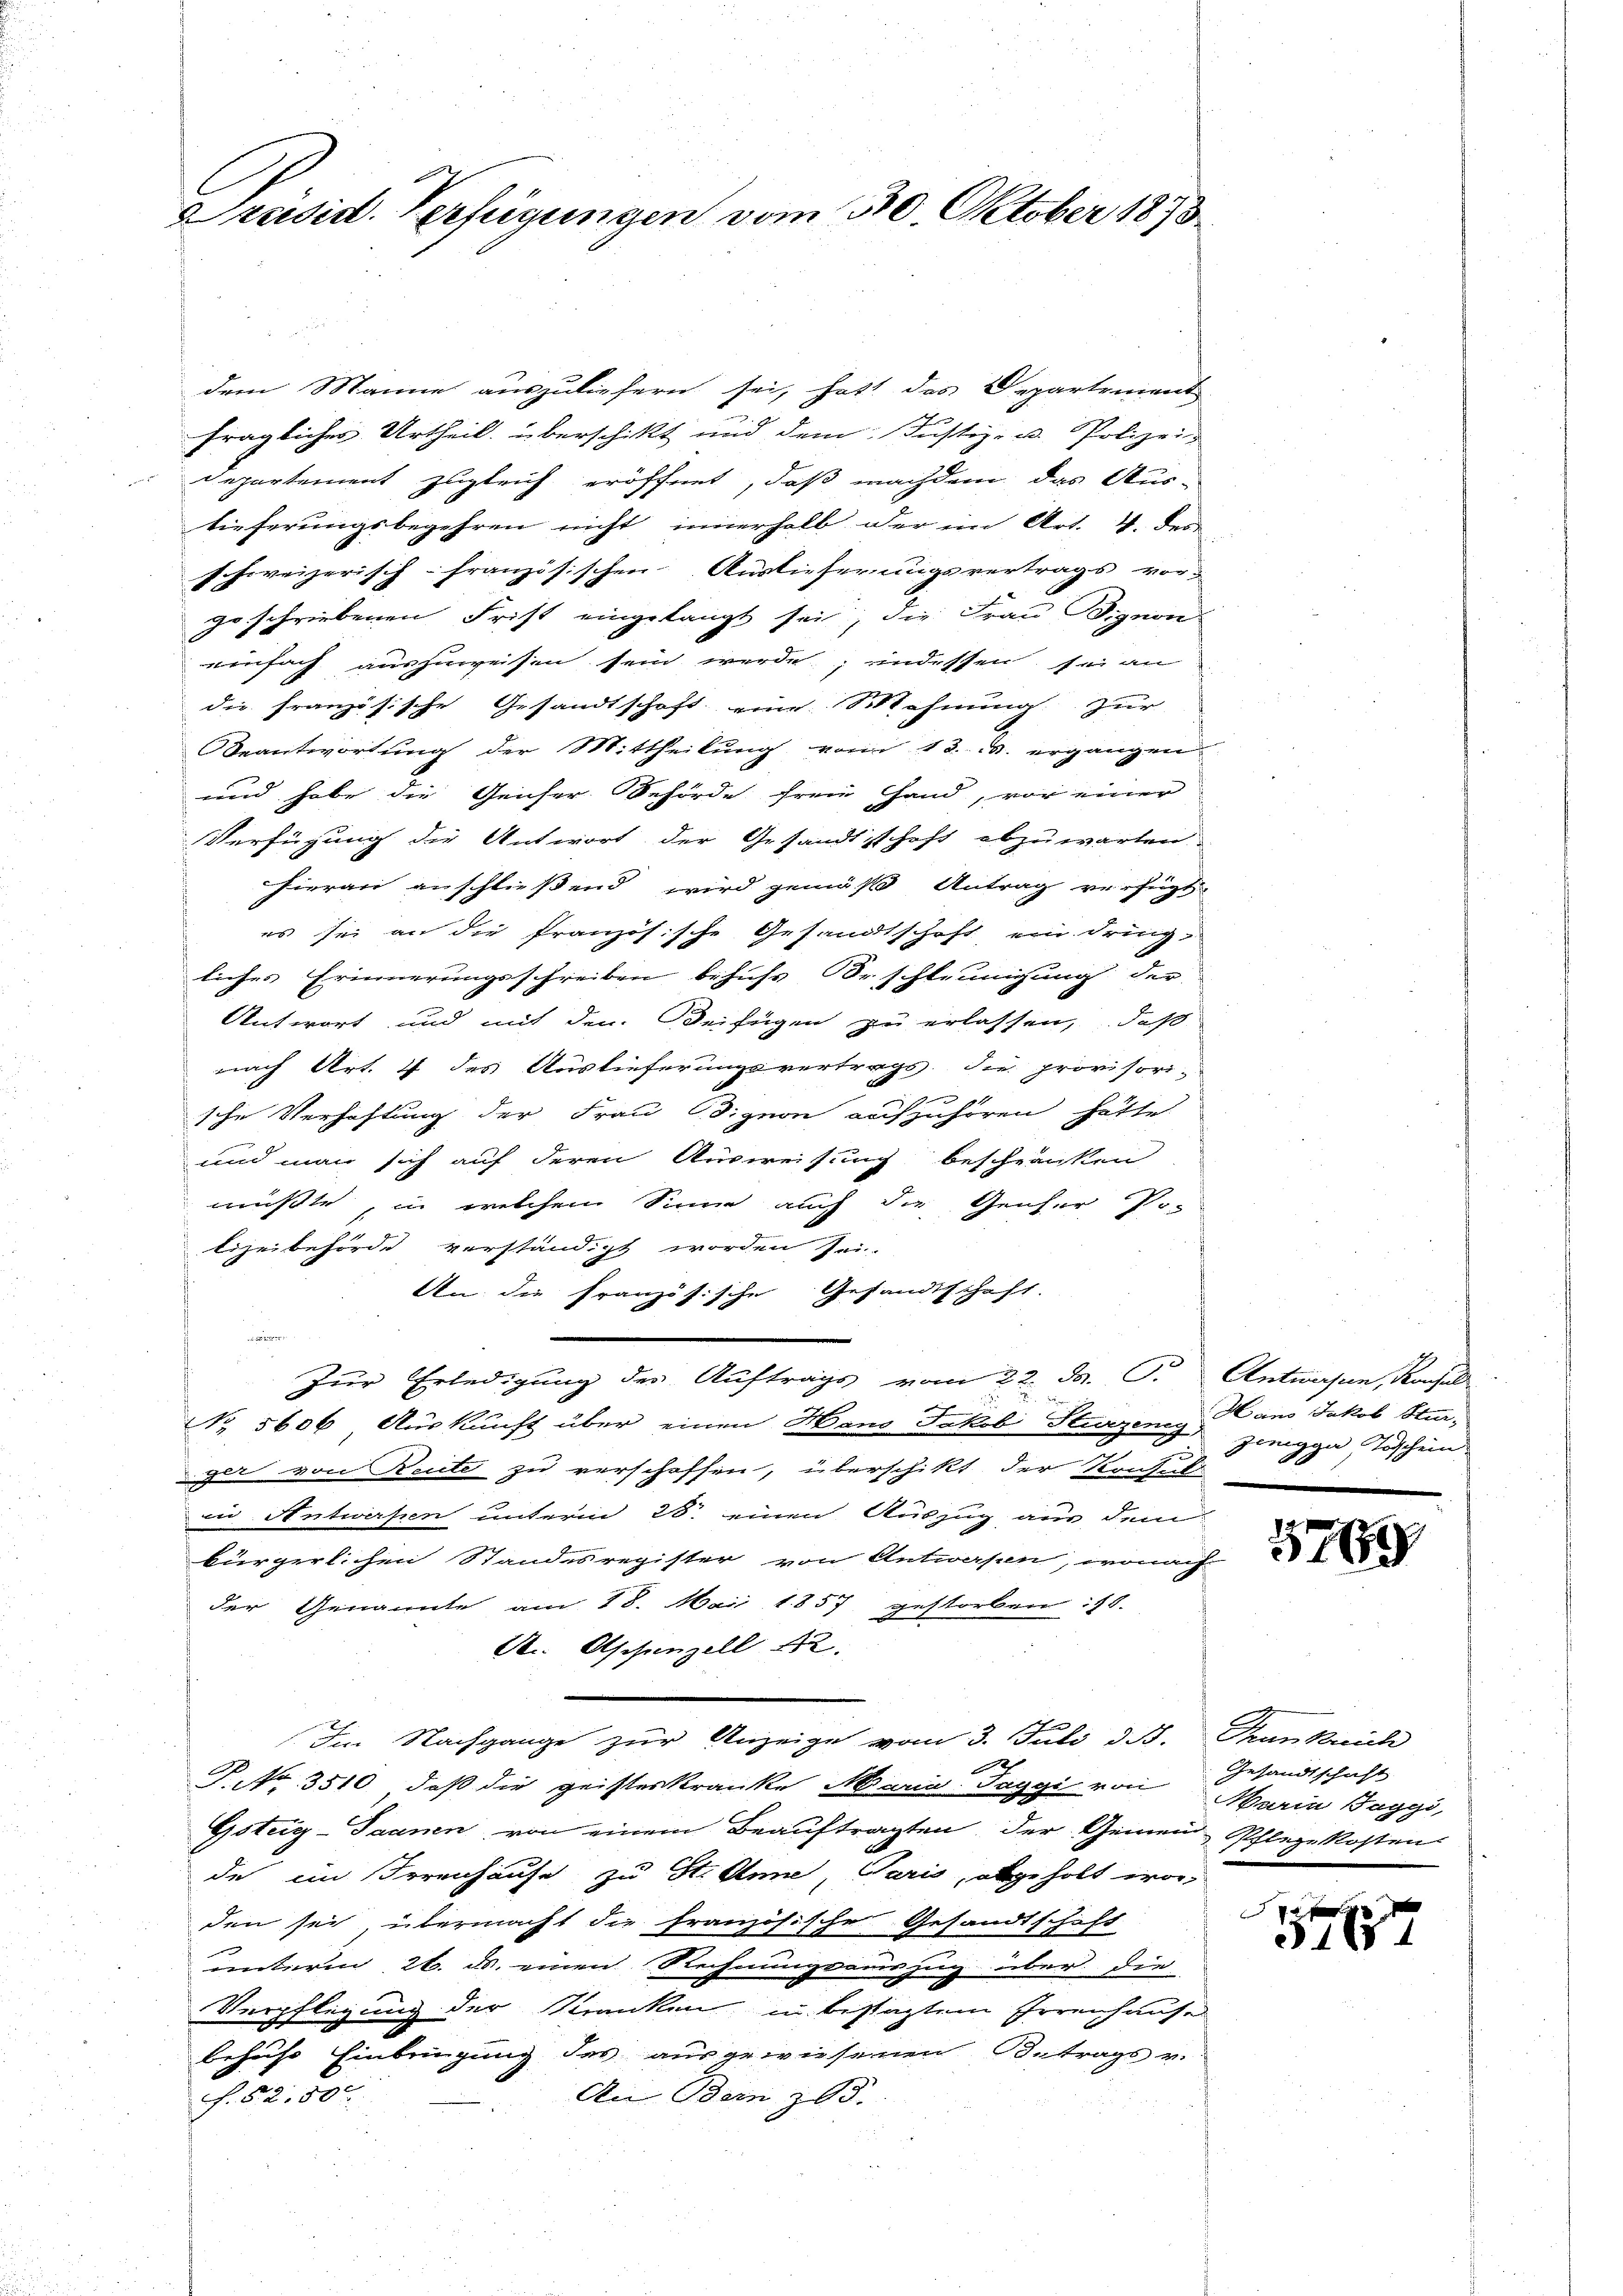
Präsid. Verfügungen vom 30. Oktober 1890.

dem Manne auszuliefern sei, hatt das Departement
fragliches Urtheil überschikt und dem Justiz- u. Polizei-
Departement zugleich eröffnet, daß nachdem das Aus-
tieferungsbegehren nicht innerhalb der ein Art. 4. des
schweizerisch-französischen Auslieferungsvertrags vor-
geschriebenen Frist eingelangt sei; die Frau ignon-
einfach auszuweisen sein werde; indessen sei an
die französische Gesandtschaft eine Wohnung zur
Beantwortung der Mittheilung vom 13. M. ergangen
und habe die Geicher Behörde freie Hand, vor einer
Verfügung die Antwort der Gesandtschaft abzuwarten.
hieran anschliessend wird gemäß Antrag verfügt
es sei an die französische Gesandtschaft ein dringliches Erinnerungsschreiben behufs Beschleunigung der
Antwort und mit den Beifügen zu erlassen, daß
nach Art. 4 des Auslieferungsvertrags, die provisori-
e
sche Verhaftung der Frau B. zuo aufzuhören hätte.
und man sich auf deren Ausweisung beschränken
musste, in welchem Sinne auch die Geiser P.-
lizeibehörde verständigt worden sei
An die französische Gesandtschaft.
e
Zur Erledigung des Auftrags vom 22. d. J. Antworfen, Konsul
No 5606 Auskunft über einen Hano Fakob Sturzenes Hans Jakob Stur-
ger von Reute zu verschoffen, überschikt der Konfusi
in Antwerfen unterm 28. einen Auszug aus dem
kürgerlichen Standesregister von Antworfen, wonach
der Genannte am 18. Mai 1857 gestorben : 18.
d Aschenzell 12.
Im Nachgange zur Anzeige vom 3. Juli d. B. Trankreich
x
P. Nr. 3510, daß die geisteskranke Maria Jaggi von Maria Baggi,
Gsteig-Saanen von einem Beauftragten der Gemein Pflegekosten
de ein Irrenhause zu St. Anne, Paris, abgeholt worden sei übermacht die französische Gesandtschaft
unterm 26. ds. einen Rechnungsauszug über die
Verpflegung der Kranken in bestagtem Errenhause
behufs Einbringung des ausgewiesenen Betrags v.
An Bern 203.
S. 52,500.

jenigga Tischein

576

Gesandtschaft

7
526